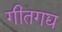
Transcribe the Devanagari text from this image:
गीतगद्य